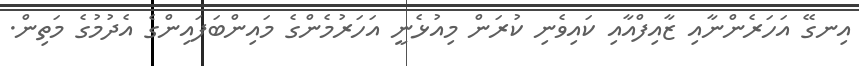
އިނގޭ އަހަރެންނާއި ޒާއިފްއާއި ކައިވެނި ކުރަން މިއުޅެނީ އަހަރުމެންގެ މައިންބަފައިންގެ އެދުމުގެ މަތިން.